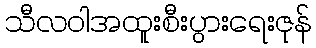
သီလဝါအထူးစီးပွားရေးဇုန်